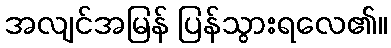
အလျင်အမြန် ပြန်သွားရလေ၏။